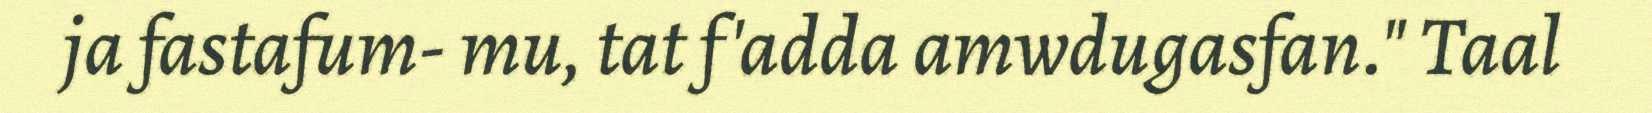
ja fastafum- mu, tat f'adda amwdugasfan." Taal